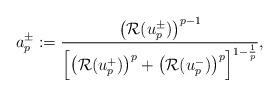
LaTeX: \begin{align*}a^\pm_p:=\frac{\big(\mathcal R(u_p^\pm)\big)^{p-1}}{\Big[\big(\mathcal R(u_p^+)\big)^p+\big(\mathcal R(u_p^-)\big)^p\Big]^{1-\frac1p}},\end{align*}